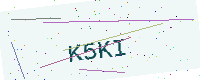
Text: K5KI